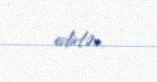
edirlər.